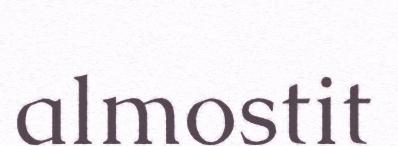
almostit